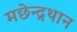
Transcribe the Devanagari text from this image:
मछेन्‍द्रथान